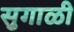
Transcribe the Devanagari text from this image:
सुगाळी